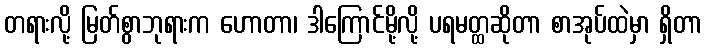
တရားလို့ မြတ်စွာဘုရားက ဟောတာ၊ ဒါကြောင်မို့လို့ ပရမတ္ထဆိုတာ စာအုပ်ထဲမှာ ရှိတာ